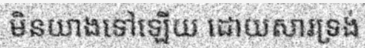
មិនយាងទៅឡើយ ដោយសារទ្រង់